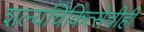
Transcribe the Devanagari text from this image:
शल्यचिकित्सेचीही